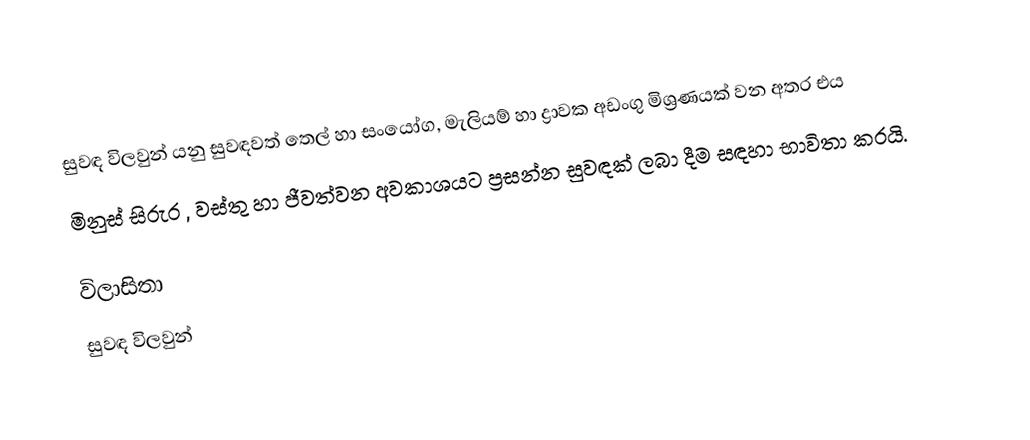
සුවඳ විලවුන් යනු සුවඳවත් තෙල් හා සංයෝග, මැලියම් හා ද්‍රාවක අඩංගු මිශ්‍රණයක් වන අතර එය
මිනුස් සිරුර , වස්තු හා ජීවත්වන අවකාශයට ප්‍රසන්න සුවඳක් ලබා දීම සඳහා භාවිතා කරයි.

විලාසිතා
සුවඳ විලවුන්